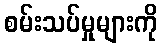
စမ်းသပ်မှုများကို